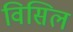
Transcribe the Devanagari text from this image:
विसिल